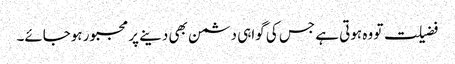
فضیلت تو وہ ہوتی ہے جس کی گواہی دشمن بھی دینے پر مجبور ہوجائے۔